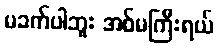
မခက်ပါဘူး အစ်မကြီးရယ်